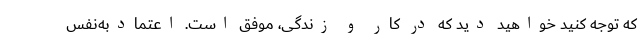
که توجه کنید خواهید دید که در کار و زندگی، موفق است. اعتمادبه‌نفس